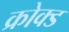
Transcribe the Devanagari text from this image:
क्रोक्ड